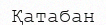
Қатабан